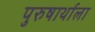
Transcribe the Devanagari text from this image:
पुरुषार्थाला